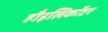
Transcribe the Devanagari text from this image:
हौइलिकॉप्टर